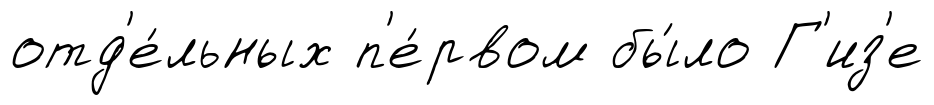
отд'е́льных п'е́рвом бы́ло Г'из'е